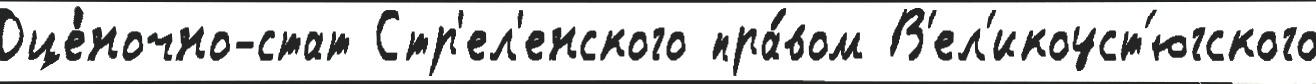
Оце́ночно-стат Стр'ел'енского пра́вом В'ел'икоуст'югского